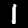
Label: 1